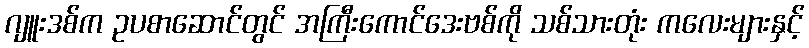
ဂျူးဒစ်က ဥပစာဆောင်တွင် အကြီးကောင်ဒေးဗစ်ကို သစ်သားတုံး ကလေးများနှင့်